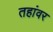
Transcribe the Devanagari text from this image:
तहांवर